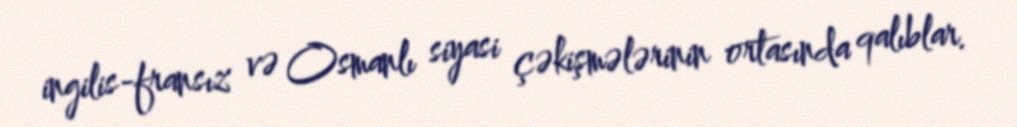
ingilis-fransız və Osmanlı siyasi çəkişmələrinin ortasında qalıblar.